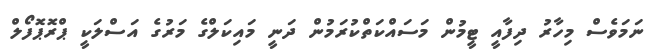
ނަމަވެސް މިހާރު ދިފާއީ ޓީމުން މަސައްކަތްކުރަމުން ދަނީ މައިކަލްގެ މަރުގެ އަސްލަކީ ޕްރޮޕޮފޯލް